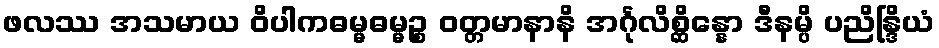
ဖလဿ အသမာယ ဝိပါကဓမ္မဓမ္မဉ္စ ဝတ္တမာနာနိ အင်္ဂုလိစ္ဆိန္နော ဒီနမ္ပိ ပညိန္ဒြိယံ